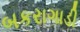
બકરાગાડી